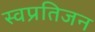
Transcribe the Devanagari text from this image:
स्वप्रतिजन